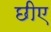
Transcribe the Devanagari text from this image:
छीए